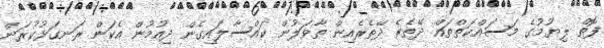
ފޮތް ލިޔުމުގެ މަސައްކަތްތައް ދޭތެރެ ދޭތެރެއިން ތާވަލުން ކައްސާލައިގެން ދިއުމުން އެކަން ރަނގަޅުކުރަން